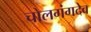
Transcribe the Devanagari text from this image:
चोलगंगदेव